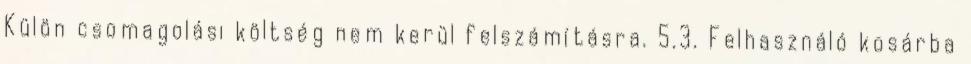
Külön csomagolási költség nem kerül felszámításra. 5.3. Felhasználó kosárba